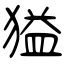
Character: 獈